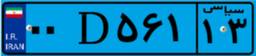
۰۰D۵۶۱۱۳